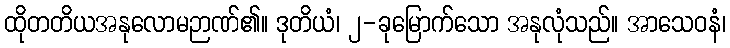
ထိုတတိယအနုလောမဉာဏ်၏။ ဒုတိယံ၊ ၂-ခုမြောက်သော အနုလုံသည်။ အာသေဝနံ၊